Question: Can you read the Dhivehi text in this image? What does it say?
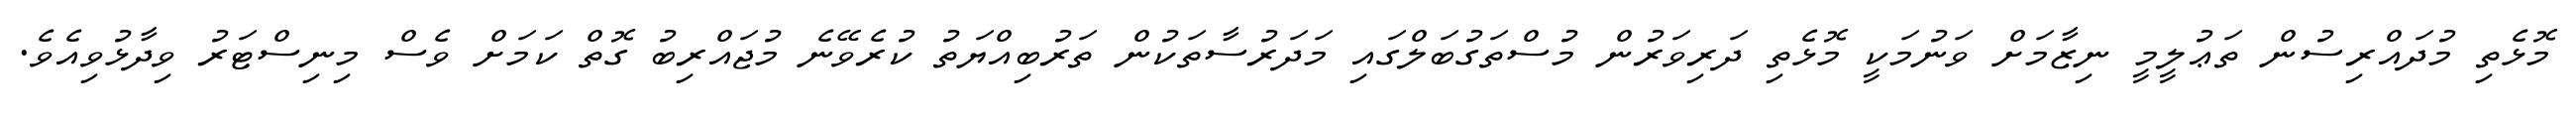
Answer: މޮޅެތި މުދައްރިސުން ތަޢުލީމީ ނިޒާމަށް ވަނުމަކީ މޮޅެތި ދަރިވަރުން މުސްތަގުބަލްގައި މަދަރުސާތަކުން ތަރުބިއްޔަތު ކުރެވޭނެ މުޖައްރިބު ގޮތް ކަމަށް ވެސް މިނިސްޓަރު ވިދާޅުވިއެވެ.